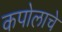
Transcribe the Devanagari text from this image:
कपोलाचे